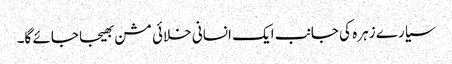
سیارے زہرہ کی جانب ایک انسانی خلائی مشن بھیجا جائے گا۔